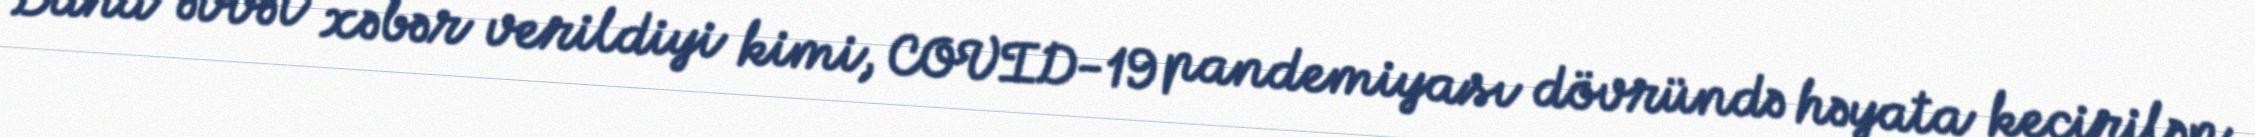
Daha əvvəl xəbər verildiyi kimi, COVID-19 pandemiyası dövründə həyata keçirilən